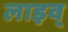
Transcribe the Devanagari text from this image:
लाइव्